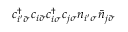
c _ { i ^ { \prime } \bar { \sigma } } ^ { \dagger } c _ { i \bar { \sigma } } c _ { i \sigma } ^ { \dagger } c _ { j \sigma } n _ { i ^ { \prime } \sigma } \bar { n } _ { j \bar { \sigma } }